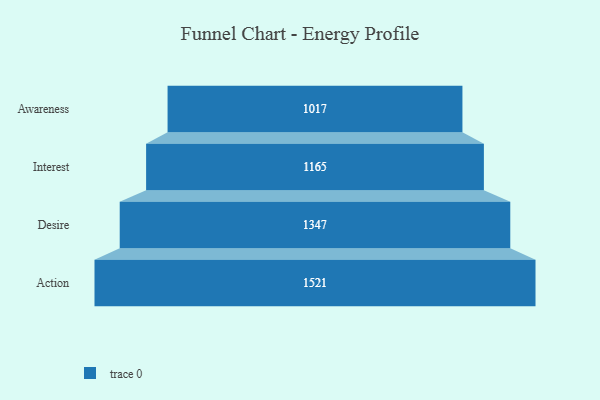
{"axis": {"x": "Stage", "y": "Value"}, "legend": [""], "data": [{"x": "Awareness", "y": 1017.0, "type": ""}, {"x": "Interest", "y": 1165.0, "type": ""}, {"x": "Desire", "y": 1347.0, "type": ""}, {"x": "Action", "y": 1521.0, "type": ""}]}